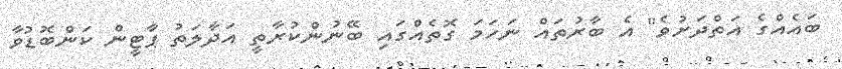
ބައެއްގެ އަތްދަށުވެ" އެ ބާރުތައް ނަހަމަ ގޮތެއްގައި ބޭނުންކުރާތީ އަދާލަތު ޕާޓީން ކަންބޮޑުވާ